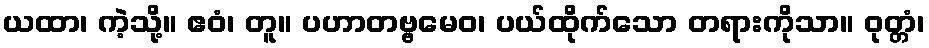
ယထာ၊ ကဲ့သို့။ ဧဝံ၊ တူ။ ပဟာတဗ္ဗမေဝ၊ ပယ်ထိုက်သော တရားကိုသာ။ ဝုတ္တံ၊